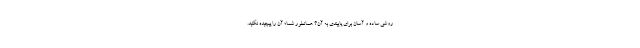
روشی ساده و آسان برای پایبندی به آن؟ همانطور شما؛ آن را پیچیده نکنید.